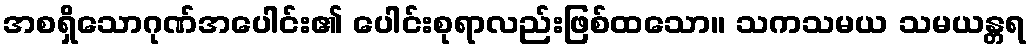
အစရှိသောဂုဏ်အပေါင်း၏ ပေါင်းစုရာလည်းဖြစ်ထသော။ သကသမယ သမယန္တရ